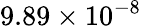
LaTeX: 9.89\times 10^{-8}